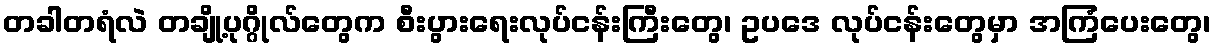
တခါတရံလဲ တချို့ပုဂ္ဂိုလ်တွေက စီးပွားရေးလုပ်ငန်းကြီးတွေ၊ ဥပဒေ လုပ်ငန်းတွေမှာ အကြံပေးတွေ၊